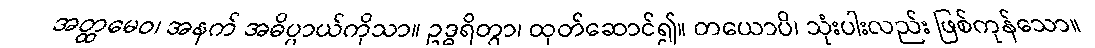
အတ္ထမေဝ၊ အနက် အဓိပ္ပာယ်ကိုသာ။ ဥဒ္ဓရိတွာ၊ ထုတ်ဆောင်၍။ တယောပိ၊ သုံးပါးလည်း ဖြစ်ကုန်သော။